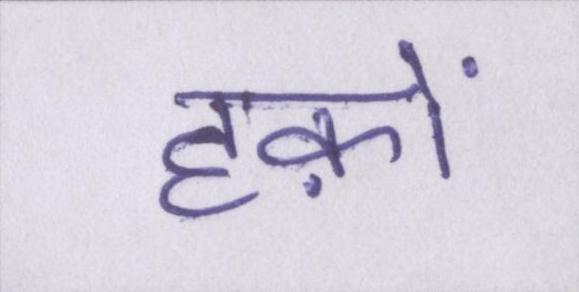
हक़ों